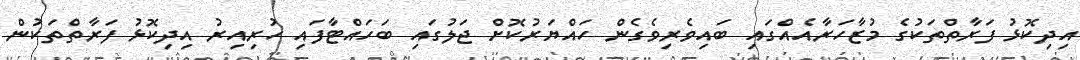
އިދިކޮޅު ފަރާތްތަކުގެ މުޒާހަރާއެއްގައި ބައިވެރިވެގެން ހައްޔަރުކޮށް ޖަލުގައި ބަހައްޓާފައި ހުރިއިރު އިދިކޮޅު ފަރާތްތަކުން